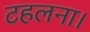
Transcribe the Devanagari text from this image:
टहलना।